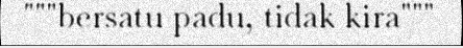
"""bersatu padu, tidak kira"""